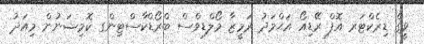
ވީގެ ޑިރެކްޓަރ އޮފް ރޭޑިއޯ އަޙްމަދު ރަމީޒާ މޯލްޑިވްސް ބްރޯޑްކާސްޓިންގ ކޮމިޝަނުން މިއަދު